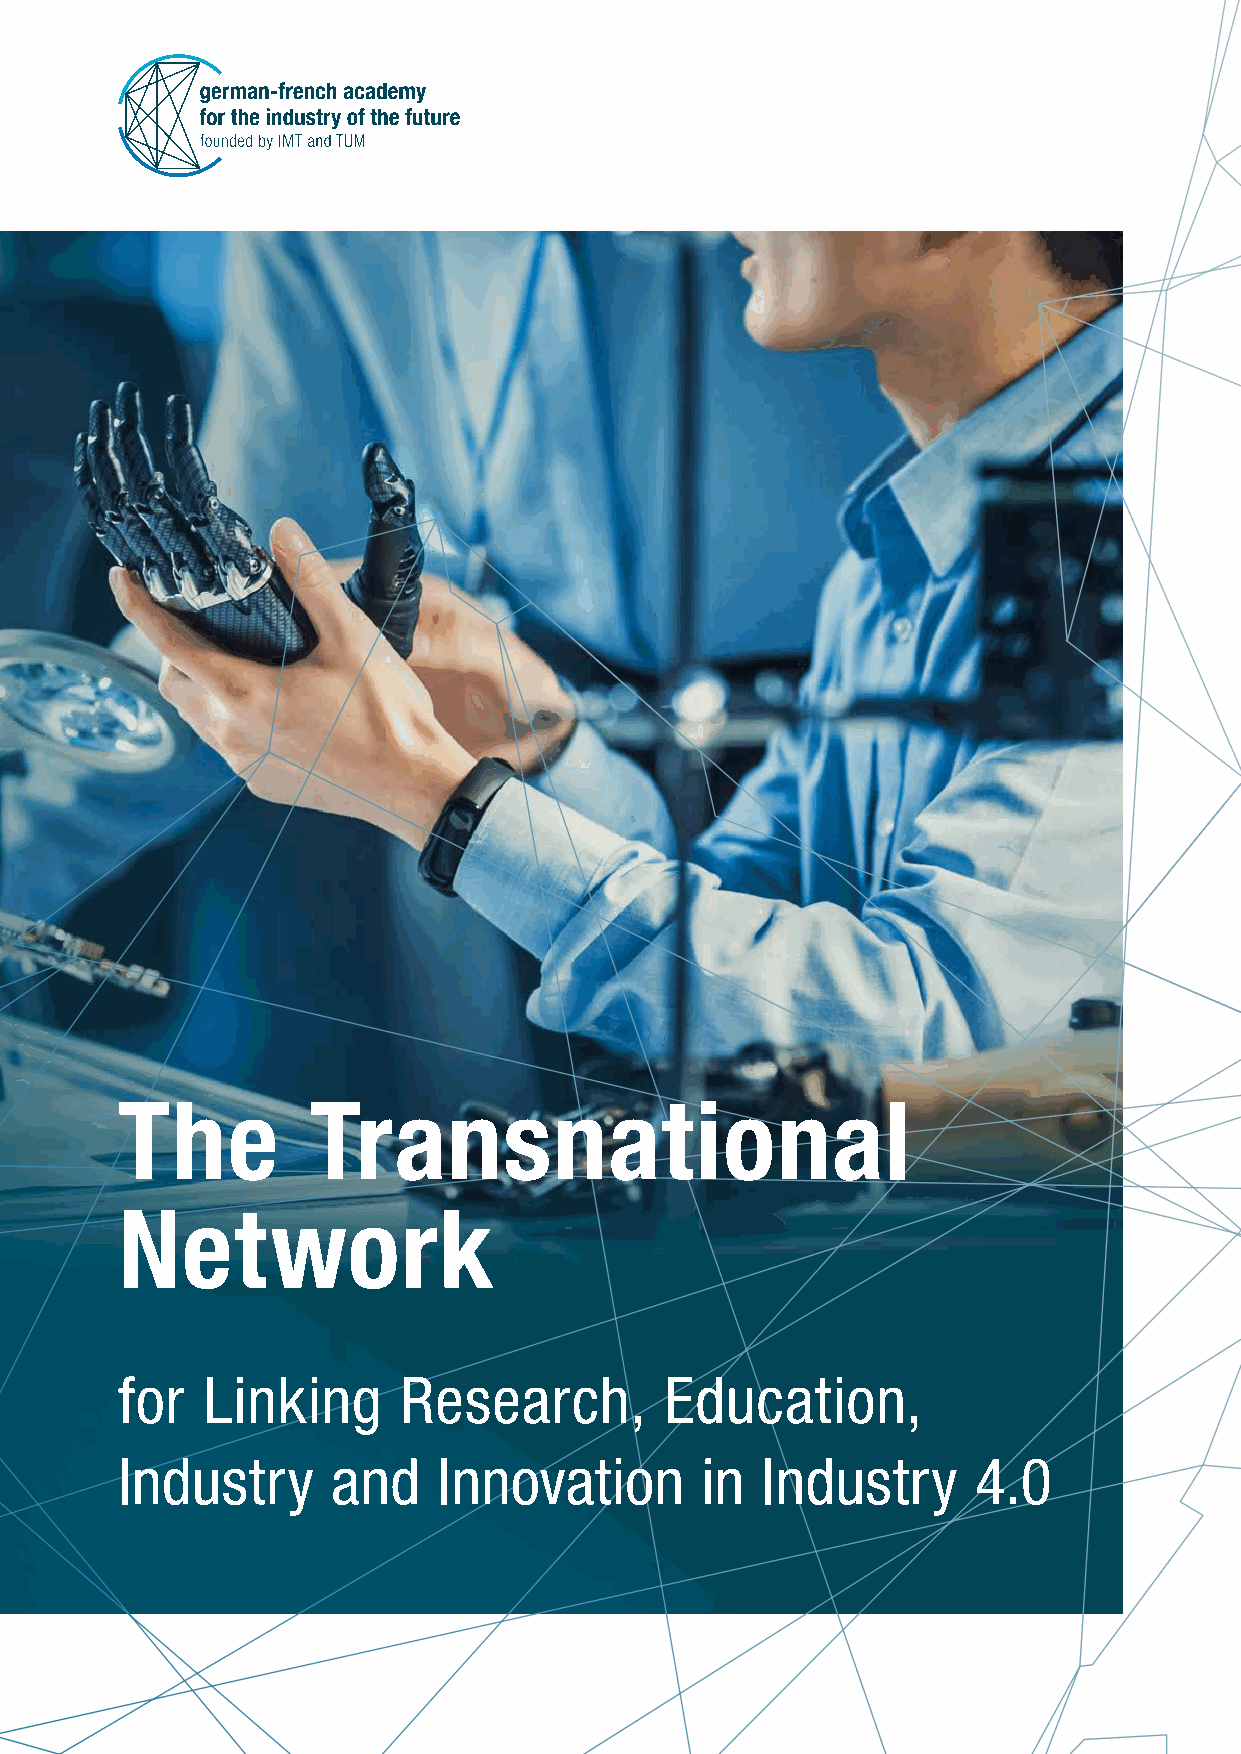
The         Transnational
 Network
 for  Linking       Research,        Education,
 Industry      and    Innovation       in  Industry      4.0